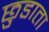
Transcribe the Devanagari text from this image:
छुडाता